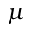
\mu